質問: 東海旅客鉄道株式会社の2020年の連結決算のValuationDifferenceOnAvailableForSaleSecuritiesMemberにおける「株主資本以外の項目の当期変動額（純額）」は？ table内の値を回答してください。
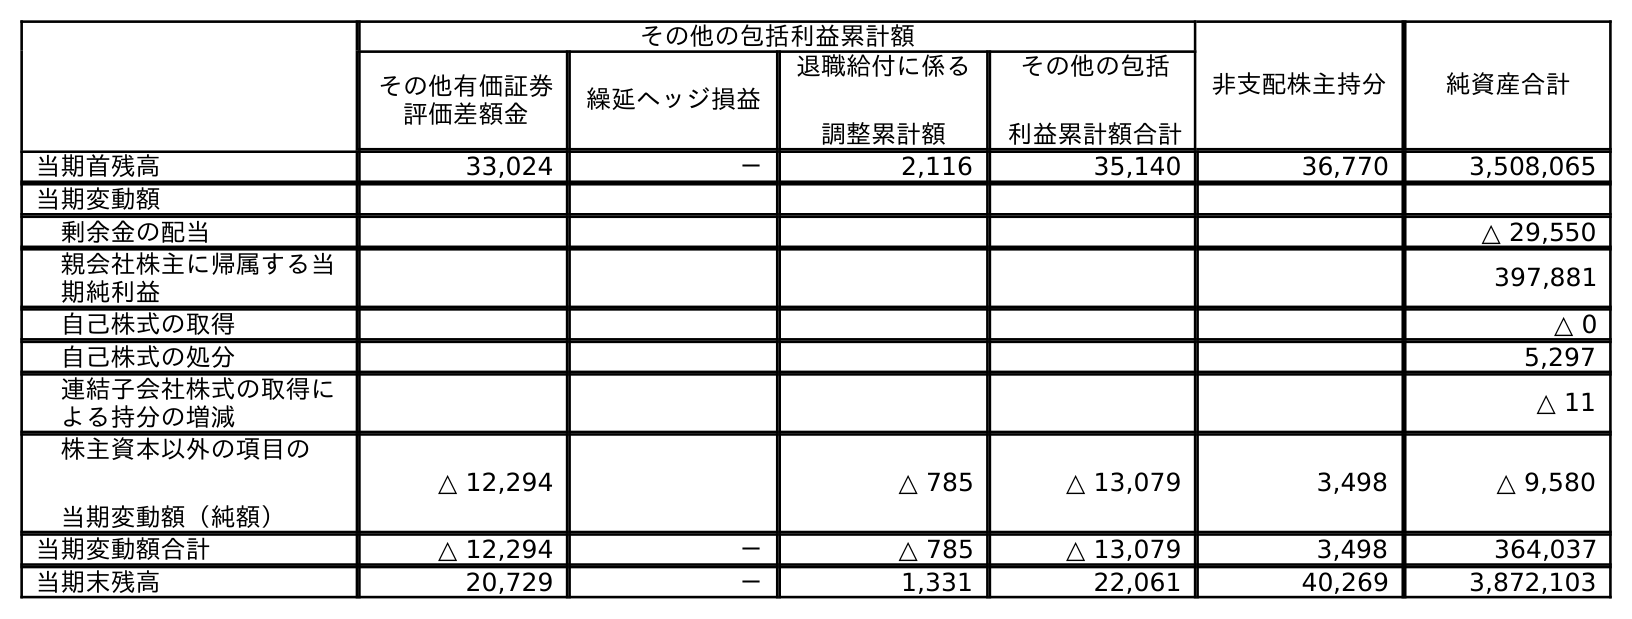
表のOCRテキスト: その他の包括利益累計額 非支配株主持分 純資産合計 その他有価証券 評価差額金 繰延ヘッジ損益 退職給付に係る 調整累計額 その他の包括 利益累計額合計 当期首残高 33,024 － 2,116 35,140 36,770 3,508,065 当期変動額 剰余金の配当 △ 29,550 親会社株主に帰属する当 期純利益 397,881 自己株式の取得 △ 0 自己株式の処分 5,297 連結子会社株式の取得に よる持分の増減 △ 11 株主資本以外の項目の 当期変動額（純額） △ 12,294 △ 785 △ 13,079 3,498 △ 9,580 当期変動額合計 △ 12,294 － △ 785 △ 13,079 3,498 364,037 当期末残高 20,729 － 1,331 22,061 40,269 3,872,103
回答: △12,294